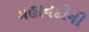
મહાનદીની